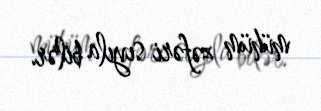
mühüm zəfəri sıyıla bilər.